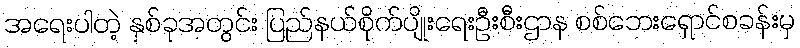
အရေးပါတဲ့ နှစ်ခုအတွင်း ပြည်နယ်စိုက်ပျိုးရေးဦးစီးဌာန စစ်ဘေးရှောင်စခန်းမှ